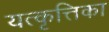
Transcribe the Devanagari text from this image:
यत्कृत्तिका